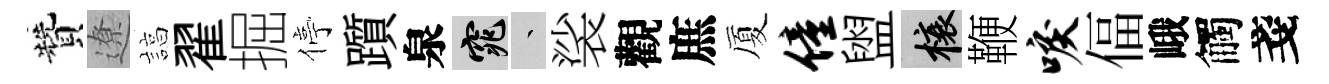
贊遼諄翟掘停躓泉窕叢裟觀庶厦僮盥榱鞭唳偪峨觸戔